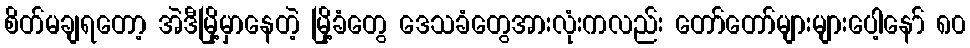
စိတ်မချရတော့ အဲဒီမြို့မှာနေတဲ့ မြို့ခံတွေ ဒေသခံတွေအားလုံးကလည်း တော်တော်များများပေါ့နော် ၈၀